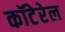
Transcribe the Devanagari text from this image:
कॉटेरेल